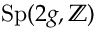
\operatorname { S p } ( 2 g , \mathbb { Z } )